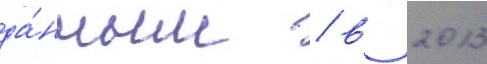
да́нным / в 2013